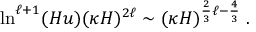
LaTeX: \ln ^ { \ell + 1 } ( H u ) ( \kappa H ) ^ { 2 \ell } \sim ( \kappa H ) ^ { \frac 2 3 \ell - \frac 4 3 } \; .